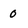
Character: 0